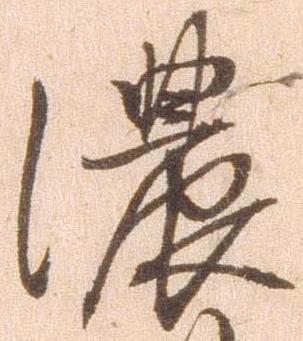
濃